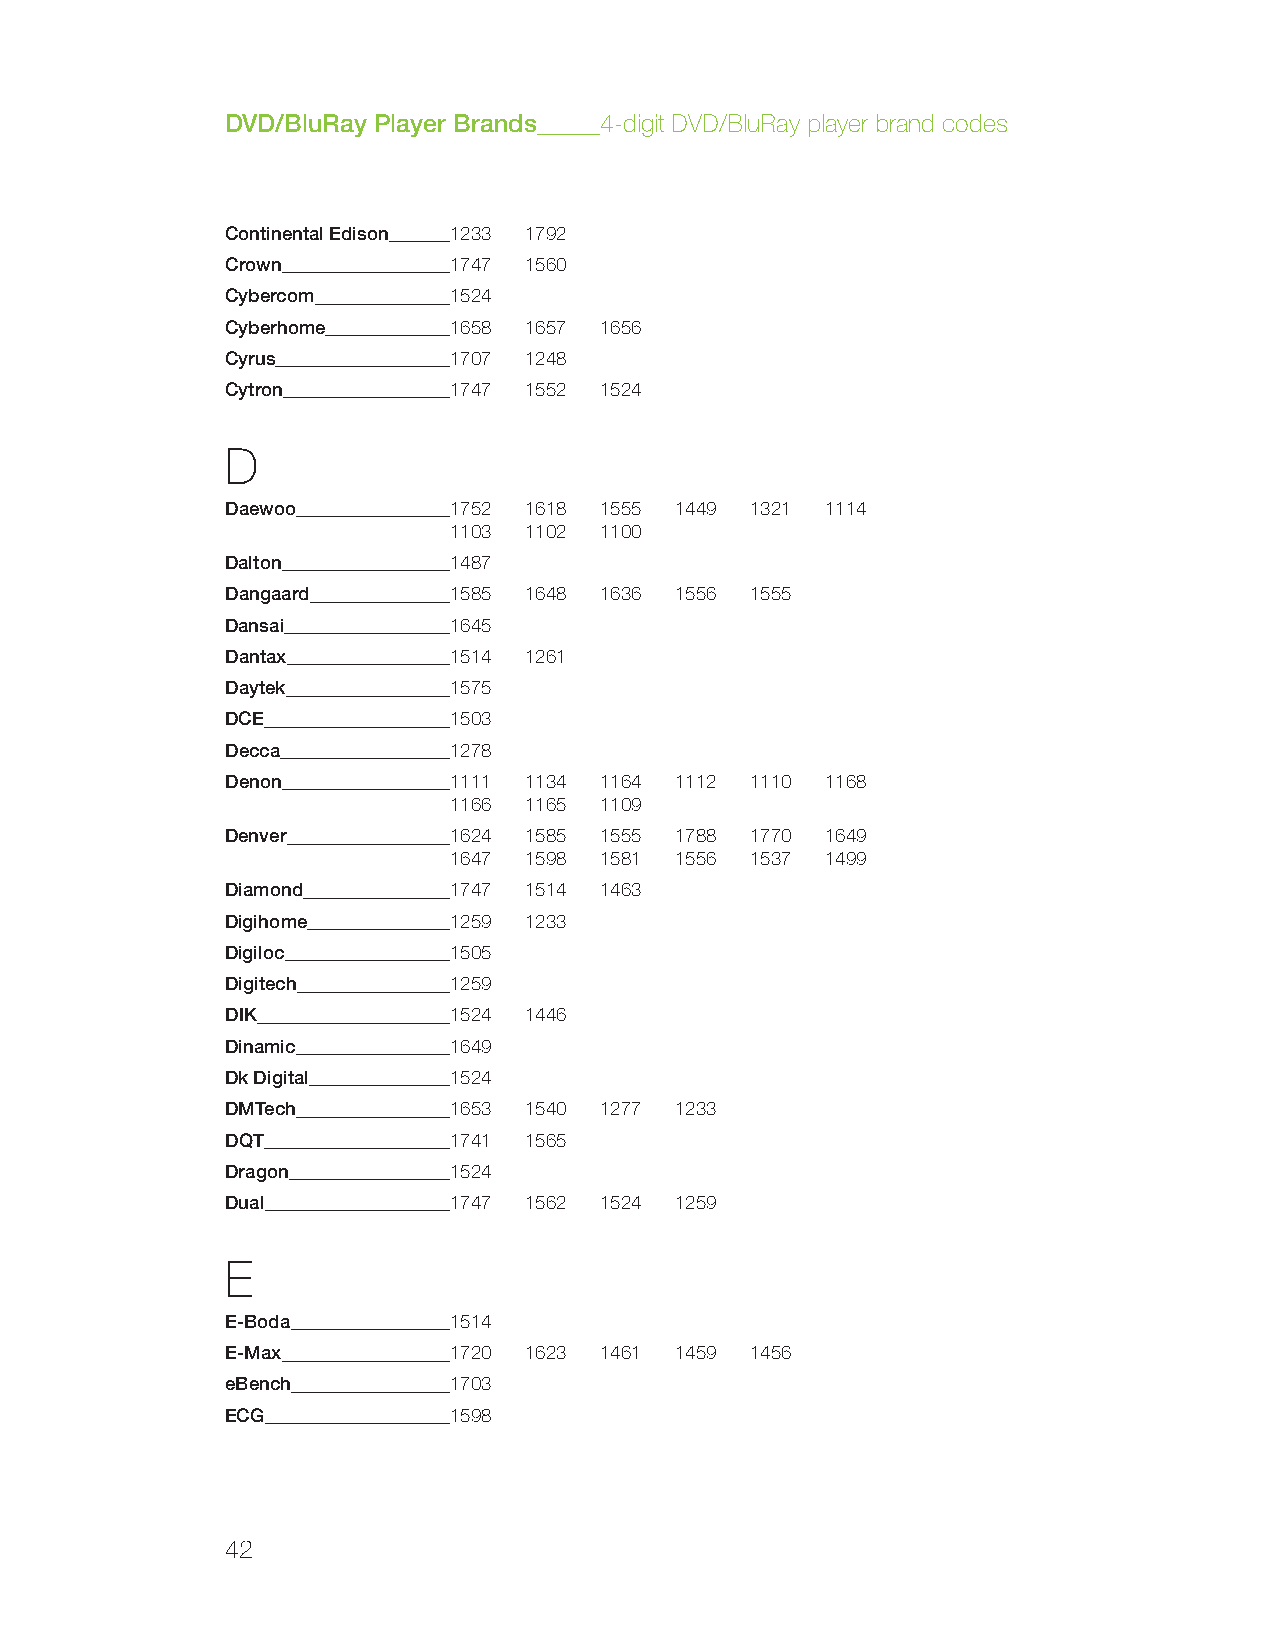
DVD/BluRay Player Brands 4-digit DVD/BluRay player brand codes
 Continental Edison 1233 1792
 Crown          1747 1560
 Cybercom       1524
 Cyberhome      1658 1657 1656
 Cyrus          1707 1248
 Cytron         1747 1552 1524
 D
 Daewoo         1752 1618 1555 1449 1321 1114
 1103 1102 1100
 Dalton         1487
 Dangaard       1585 1648 1636 1556 1555
 Dansai         1645
 Dantax         1514 1261
 Daytek         1575
 DCE            1503
 Decca          1278
 Denon          1111 1134 1164 1112 1110 1168
 1166 1165 1109
 Denver         1624 1585 1555 1788 1770 1649
 1647 1598 1581 1556 1537 1499
 Diamond        1747 1514 1463
 Digihome       1259 1233
 Digiloc        1505
 Digitech       1259
 DIK            1524 1446
 Dinamic        1649
 Dk Digital     1524
 DMTech         1653 1540 1277 1233
 DQT            1741 1565
 Dragon         1524
 Dual           1747 1562 1524 1259
 E
 E-Boda         1514
 E-Max          1720 1623 1461 1459 1456
 eBench         1703
 ECG            1598
 42